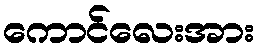
ကောင်လေးအား